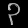
Digit: ၃